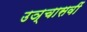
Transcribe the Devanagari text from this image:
उञ्चासवीं